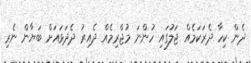
ދެން ކިހާ ދެރަކަމެއް ޖަލުގައި ހުންނަ މުޖްރިމެއް ދެއިރު ދެދަޅައަށް ބަޔާން ނެރި